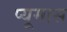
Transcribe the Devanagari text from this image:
प्यूमास